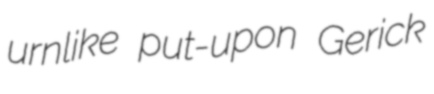
urnlike put-upon Gerick